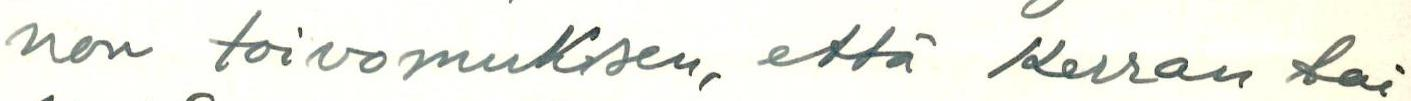
non toivimuksen, että Kerran tai